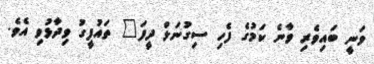
ވަނީ ބައިވެރި ވާނެ ކަމުގެ ފެހި ސިގުނަލް ދީފަ" ތައުފީގު ވިދާޅުވި އެވެ.